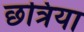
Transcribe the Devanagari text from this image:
छत्रिया